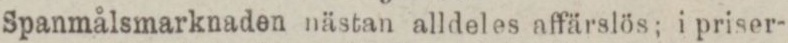
Spanmålsmarknaden nästan alldeles affärslös; i priser-